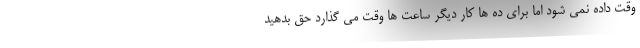
وقت داده نمی شود اما برای ده ها کار دیگر ساعت ها وقت می گذارد حق بدهید